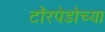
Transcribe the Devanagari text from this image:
टॉरपेडोच्या